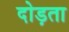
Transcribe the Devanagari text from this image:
दोड़ता